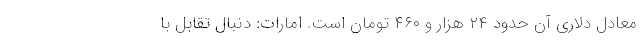
معادل دلاری آن حدود ٢۴ هزار و ۴۶۰ تومان است. امارات: دنبال تقابل با